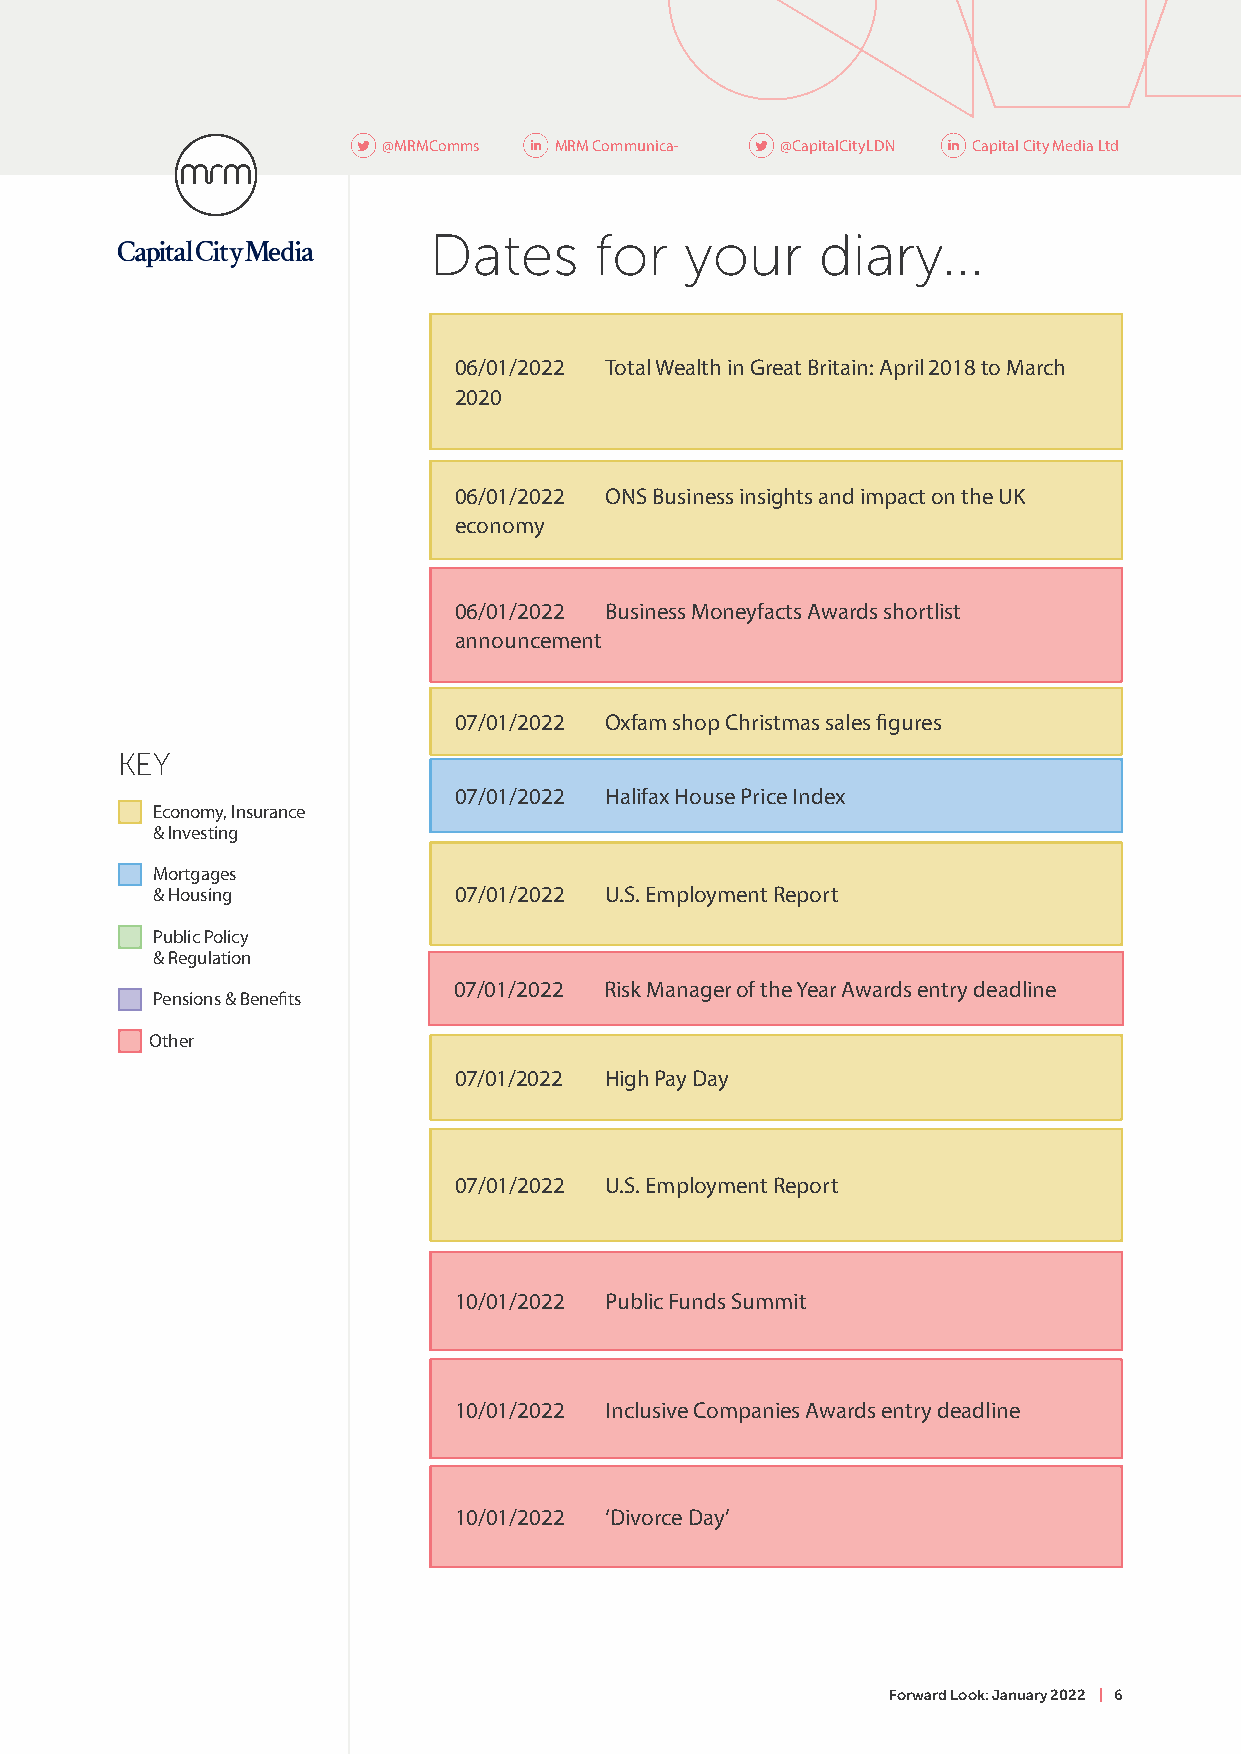
@MRMComms   MRM Communica- @CapitalCityLDN Capital City Media Ltd
 Dates      for   your     diary...
 06/01/2022 Total Wealth in Great Britain: April 2018 to March
 2020
 06/01/2022 ONS Business insights and impact on the UK
 economy
 06/01/2022 Business Moneyfacts Awards shortlist
 announcement
 07/01/2022 Oxfam shop Christmas sales figures
 KEY
 07/01/2022 Halifax House Price Index
 E conomy, Insurance
 & Investing
 M ortgages
 & Housing           07/01/2022 U.S. Employment Report
 P ublic Policy
 & Regulation
 07/01/2022 Risk Manager of the Year Awards entry deadline
 Pensions & Benefits
 Other
 07/01/2022 High Pay Day
 07/01/2022 U.S. Employment Report
 10/01/2022 Public Funds Summit
 10/01/2022 Inclusive Companies Awards entry deadline
 10/01/2022 ‘Divorce Day’
 Forward Look: January 2022 | 6